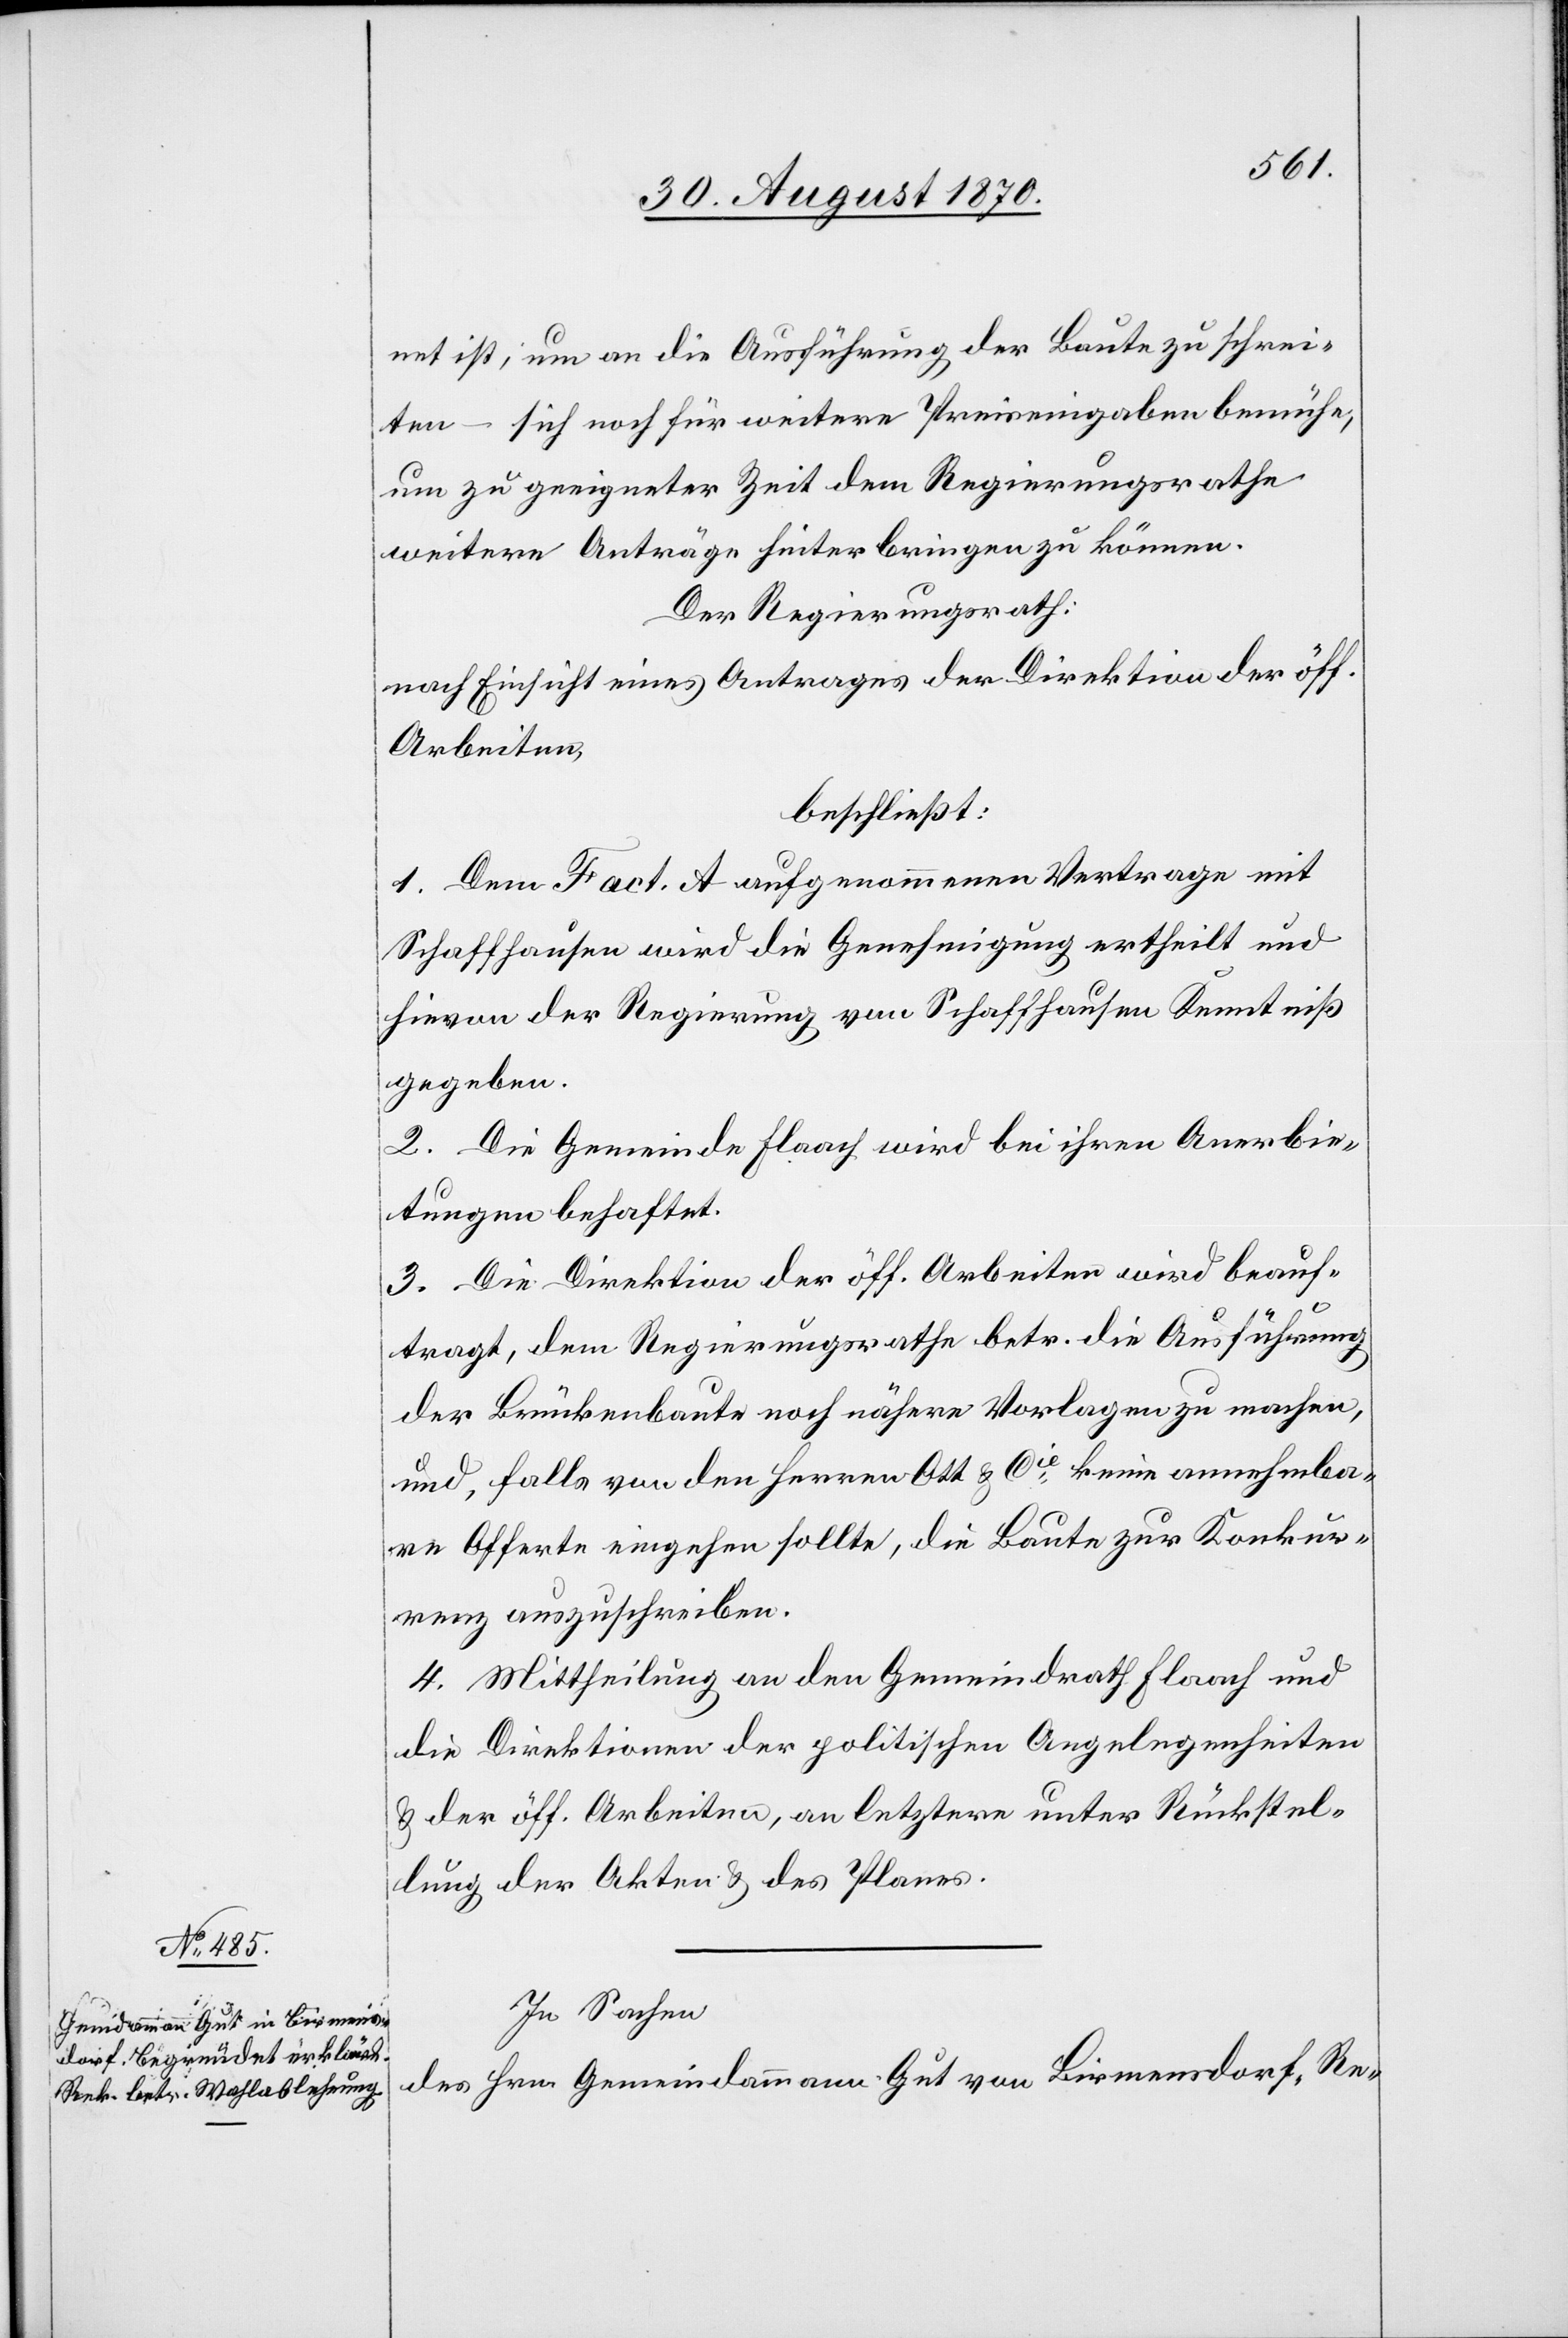
net ist, um an die Ausführung der Baute zu schrei¬
ten – sich noch für weitere Preiseingaben bemühe,
um zu geeigneter Zeit dem Regierungsrathe
weitere Anträge hinterbringen zu können.
Der Regierungsrath,
nach Einsicht eines Antrages der Direktion der öff.
Arbeiten,
beschließt:
1. Dem [in] Fact. A aufgenommen Vertrage mit
Schaffhausen wird die Genehmigung ertheilt und
hievon der Regierung von Schaffhausen Kenntniß
gegeben.
2. Die Gemeinde Flaach wird bei ihren Anerbie¬
tungen behaftet.
3. Die Direktion der öff. Arbeiten wird beauf¬
tragt, dem Regierungsrathe betr. die Ausführung
der Brückenbaute noch nähere Vorlagen zu machen,
und, falls von den Herren Ott & Cie keine annehmba¬
re Offerte eingehen sollte, die Baute zur Konkur¬
renz auszuschreiben.
4. Mittheilung an den Gemeindrath Flaach und
die Direktionen der politischen Angelegenheiten
& der öff. Arbeiten, an letztere unter Rückstel¬
lung der Akten & des Planes.
In Sachen
des Hrn. Gemeindammann Gut von Birmensdorf, Re-